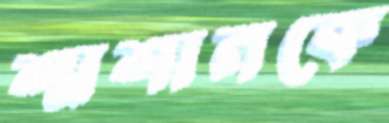
শ্মশানকে